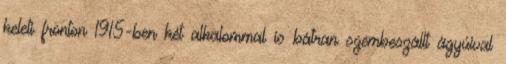
keleti fronton 1915-ben két alkalommal is bátran szembeszállt ágyúival